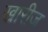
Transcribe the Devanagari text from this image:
खारीज